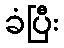
ခံပြီး